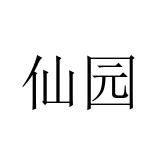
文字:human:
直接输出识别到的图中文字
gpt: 仙园